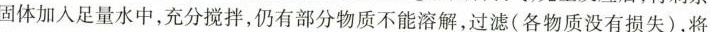
固体加入足量水中，充分搅拌，仍有部分物质不能溶解，过滤(各物质没有损失)，将